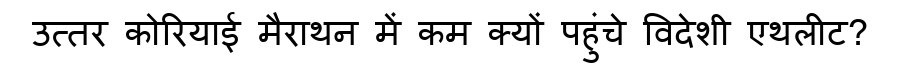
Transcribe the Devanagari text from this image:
उत्तर कोरियाई मैराथन में कम क्यों पहुंचे विदेशी एथलीट?